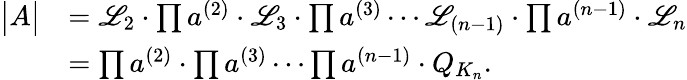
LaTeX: \begin{array}{rl}{\big\vert A\big\vert}&{=\mathscr{L}_{2}\cdot\prod a^{(2)}\cdot\mathscr{L}_{3}\cdot\prod a^{(3)}\cdots\mathscr{L}_{(n-1)}\cdot\prod a^{(n-1)}\cdot\mathscr{L}_{n}}\\ &{=\prod a^{(2)}\cdot\prod a^{(3)}\cdots\prod a^{(n-1)}\cdot Q_{K_{n}}.}\end{array}